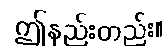
ဤနည်းတည်း။